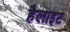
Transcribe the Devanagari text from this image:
हैलाइट